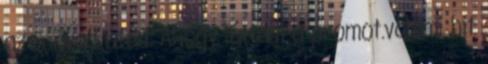
az 5 évad után. Ahogy láttam a promot.valami hit